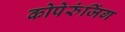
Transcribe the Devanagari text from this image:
कोपेरुंजिंग